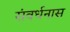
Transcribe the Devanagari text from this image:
संवर्धनास